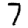
Digit: 7